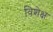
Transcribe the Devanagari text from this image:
विशेक्ष